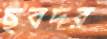
ছবদর